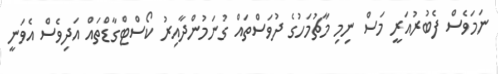
ނަމަވެސް ފެބުރުއަރީ މަސް ނިމި މާޗުމަހުގެ ދުވަސްތައް ގުނަމުންދާއިރު ކޯސްޓްގާޑްތައް އަދިވެސް އެވަނީ